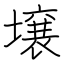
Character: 壌